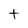
Character: t